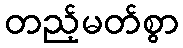
တည့်မတ်စွာ